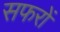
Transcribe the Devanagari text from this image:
सफरों